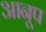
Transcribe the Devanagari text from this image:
आनूप